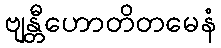
ဗျန္တီဟောတိတမေနံ